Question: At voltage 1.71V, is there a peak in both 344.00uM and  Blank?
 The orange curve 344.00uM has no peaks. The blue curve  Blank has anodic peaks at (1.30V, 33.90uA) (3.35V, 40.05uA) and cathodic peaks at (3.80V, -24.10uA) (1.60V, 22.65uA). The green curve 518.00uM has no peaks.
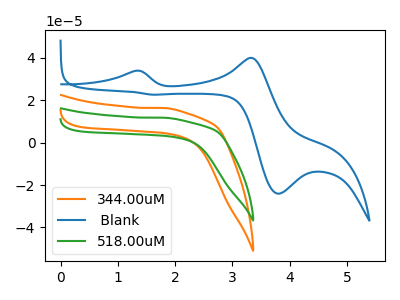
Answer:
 <answer>No, "344.00uM" and " Blank" dont share a peak at 1.71V.</answer>
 <eval>mismatch</eval>